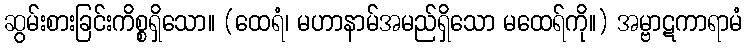
ဆွမ်းစားခြင်းကိစ္စရှိသော။ (ထေရံ၊ မဟာနာမ်အမည်ရှိသော မထေရ်ကို။) အမ္ဗာဋကာရာမံ